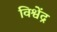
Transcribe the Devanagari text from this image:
विश्वेंद्र